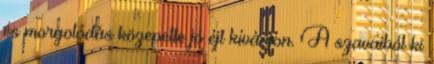
és morgolódás közepette jó éjt kívánjon. A szavaiból ki